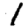
Digit: 1